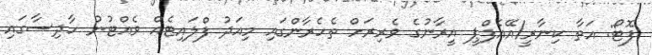
ފޮޓޯ: އަތާ ކިނާރީ/އޭއެފްޕީ އީރާނުގެ ވެރިރަށް ތެހެރާންގައި މިއަދު ފްލައިޓެއް ވެއްޓުނު ހާދިސާގައި